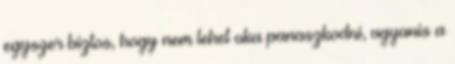
egyszer biztos, hogy nem lehet oka panaszkodni, ugyanis a